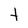
Character: t